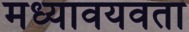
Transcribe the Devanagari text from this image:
मध्यावयवता